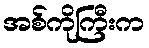
အစ်ကိုကြီးက